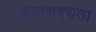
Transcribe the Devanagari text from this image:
आवशक्यता